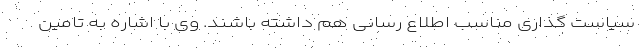
سیاست گذاری مناسب اطلاع رسانی هم داشته باشند. وی با اشاره به تامین